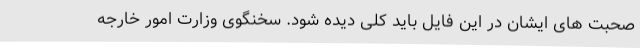
صحبت های ایشان در این فایل باید کلی دیده شود. سخنگوی وزارت امور خارجه